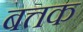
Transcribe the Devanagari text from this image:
बत्तक